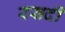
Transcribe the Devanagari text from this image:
रसदी